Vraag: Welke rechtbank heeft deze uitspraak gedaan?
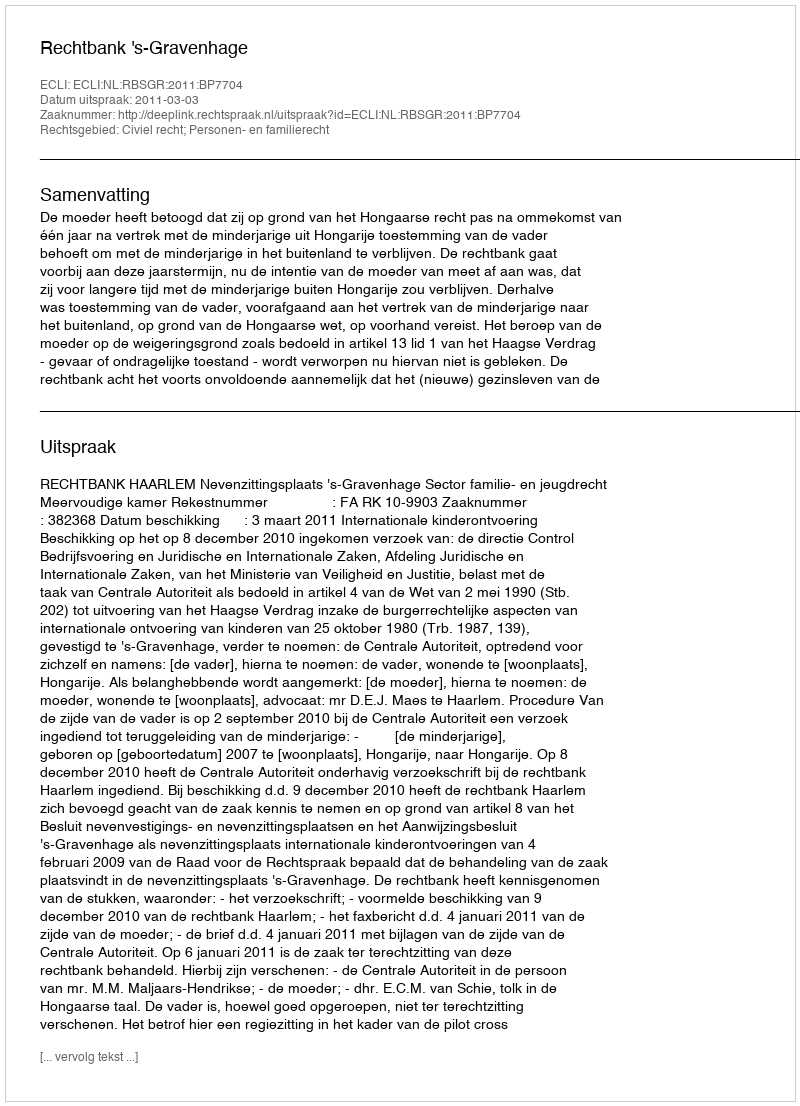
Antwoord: Rechtbank 's-Gravenhage